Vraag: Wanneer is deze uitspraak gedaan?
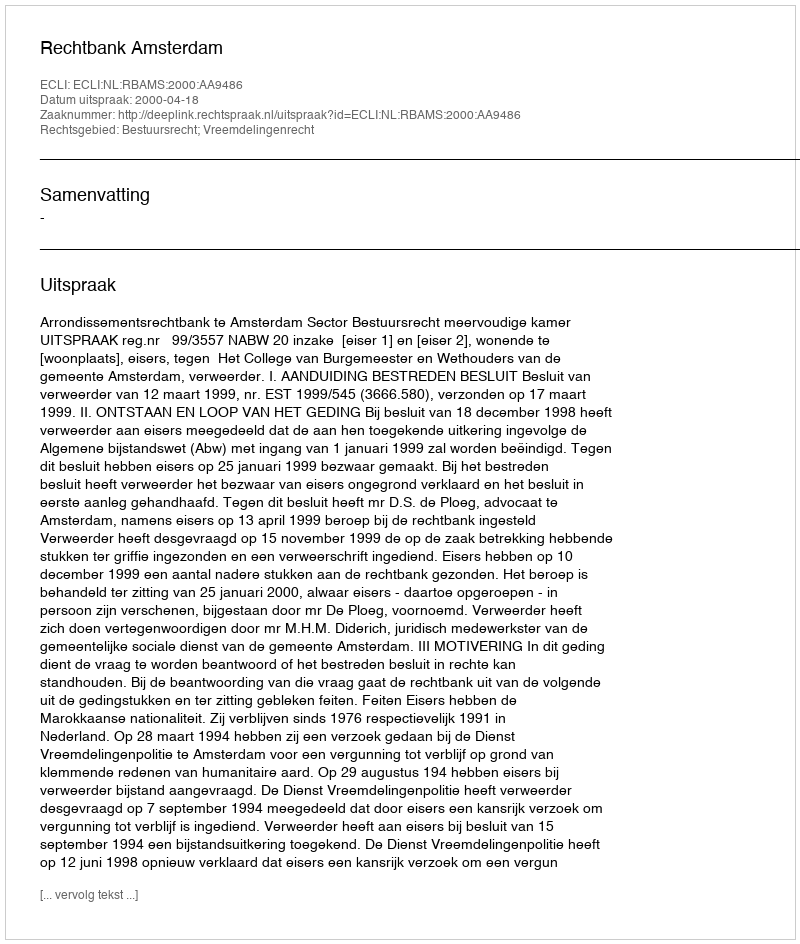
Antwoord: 2000-04-18